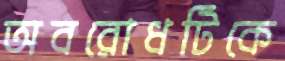
অবরোধটিকে